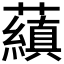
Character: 𬟕